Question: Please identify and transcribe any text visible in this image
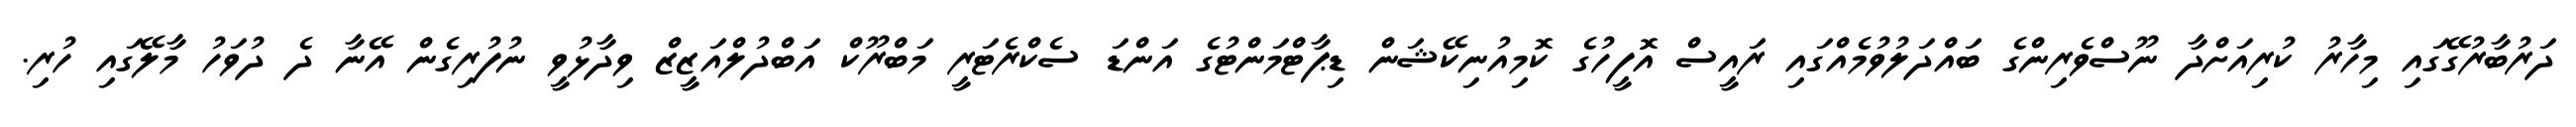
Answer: ދަރުބާރުގޭގައި މިހާރު ކުރިއަށްދާ ނޫސްވެރިންގެ ބައްދަލުވުމެއްގައި ރައީސް އޮފީހުގެ ކޮމިއުނިކޭޝަން ޑިޕާޓްމަންޓުގެ އަންޑަ ސެކްރެޓަރީ މަބްރޫކް އަބްދުލްއަޒީޒް ވިދާޅުވީ ނުފުރިގެން އޭނާ ދެ ދުވަހު މާލޭގައި ހުރި.